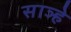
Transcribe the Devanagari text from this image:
साञ्हे